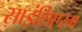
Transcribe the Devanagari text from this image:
साइंशिएरम